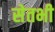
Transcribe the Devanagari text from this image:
सेतभी